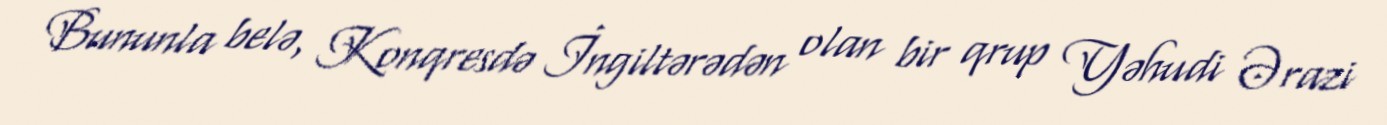
Bununla belə, Konqresdə İngiltərədən olan bir qrup Yəhudi Ərazi